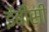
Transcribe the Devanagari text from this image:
ईबीसी